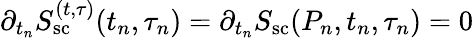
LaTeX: {\partial_{t_{n}}S_{\mathrm{sc}}^{(t,\tau)}(t_{n},\tau_{n})}=\partial_{t_{n}}S_{\mathrm{sc}}(P_{n},t_{n},\tau_{n})=0